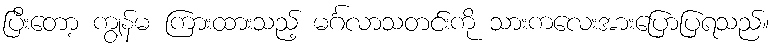
ပြီးတော့ ကျွန်မ ကြားထားသည့် မင်္ဂလာသတင်းကို သားကလေးအားပြောပြရသည်။